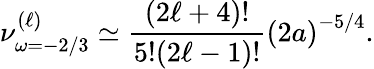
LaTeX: \nu_{\omega=-2/3}^{(\ell)}\simeq\frac{(2\ell+4)!}{5!(2\ell-1)!}\left(2a\right)^{-5/4}.